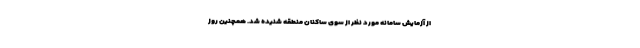
از آزمایش سامانه مورد نظر از سوی ساکنان منطقه شنیده شد. همچنین روز